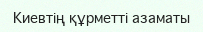
Киевтің құрметті азаматы